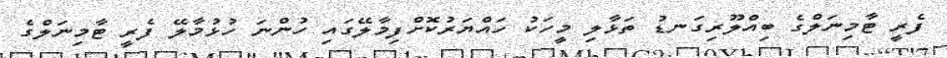
ފެރީ ޓާމިނަލްގެ ބިއްލޫރިގަނޑު ތަޅާލި މީހަކު ހައްޔަރުކޮށްފިމާލޭގައި ހުންނަ ހުޅުމާލޭ ފެރީ ޓާމިނަލްގެ